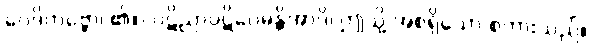
ဝေဒိတဗ္ဗော၊ ၏။) ပဋိညာပဋိဝေဓန္တိအာဒိ၊ ဤသို့ အစရှိသော စကားသည်။